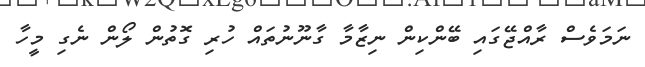
ނަމަވެސް ރާއްޖޭގައި ބޭންކިން ނިޒާމާ ގާނޫނުތައް ހުރި ގޮތުން ލޯން ނެގި މީހާ